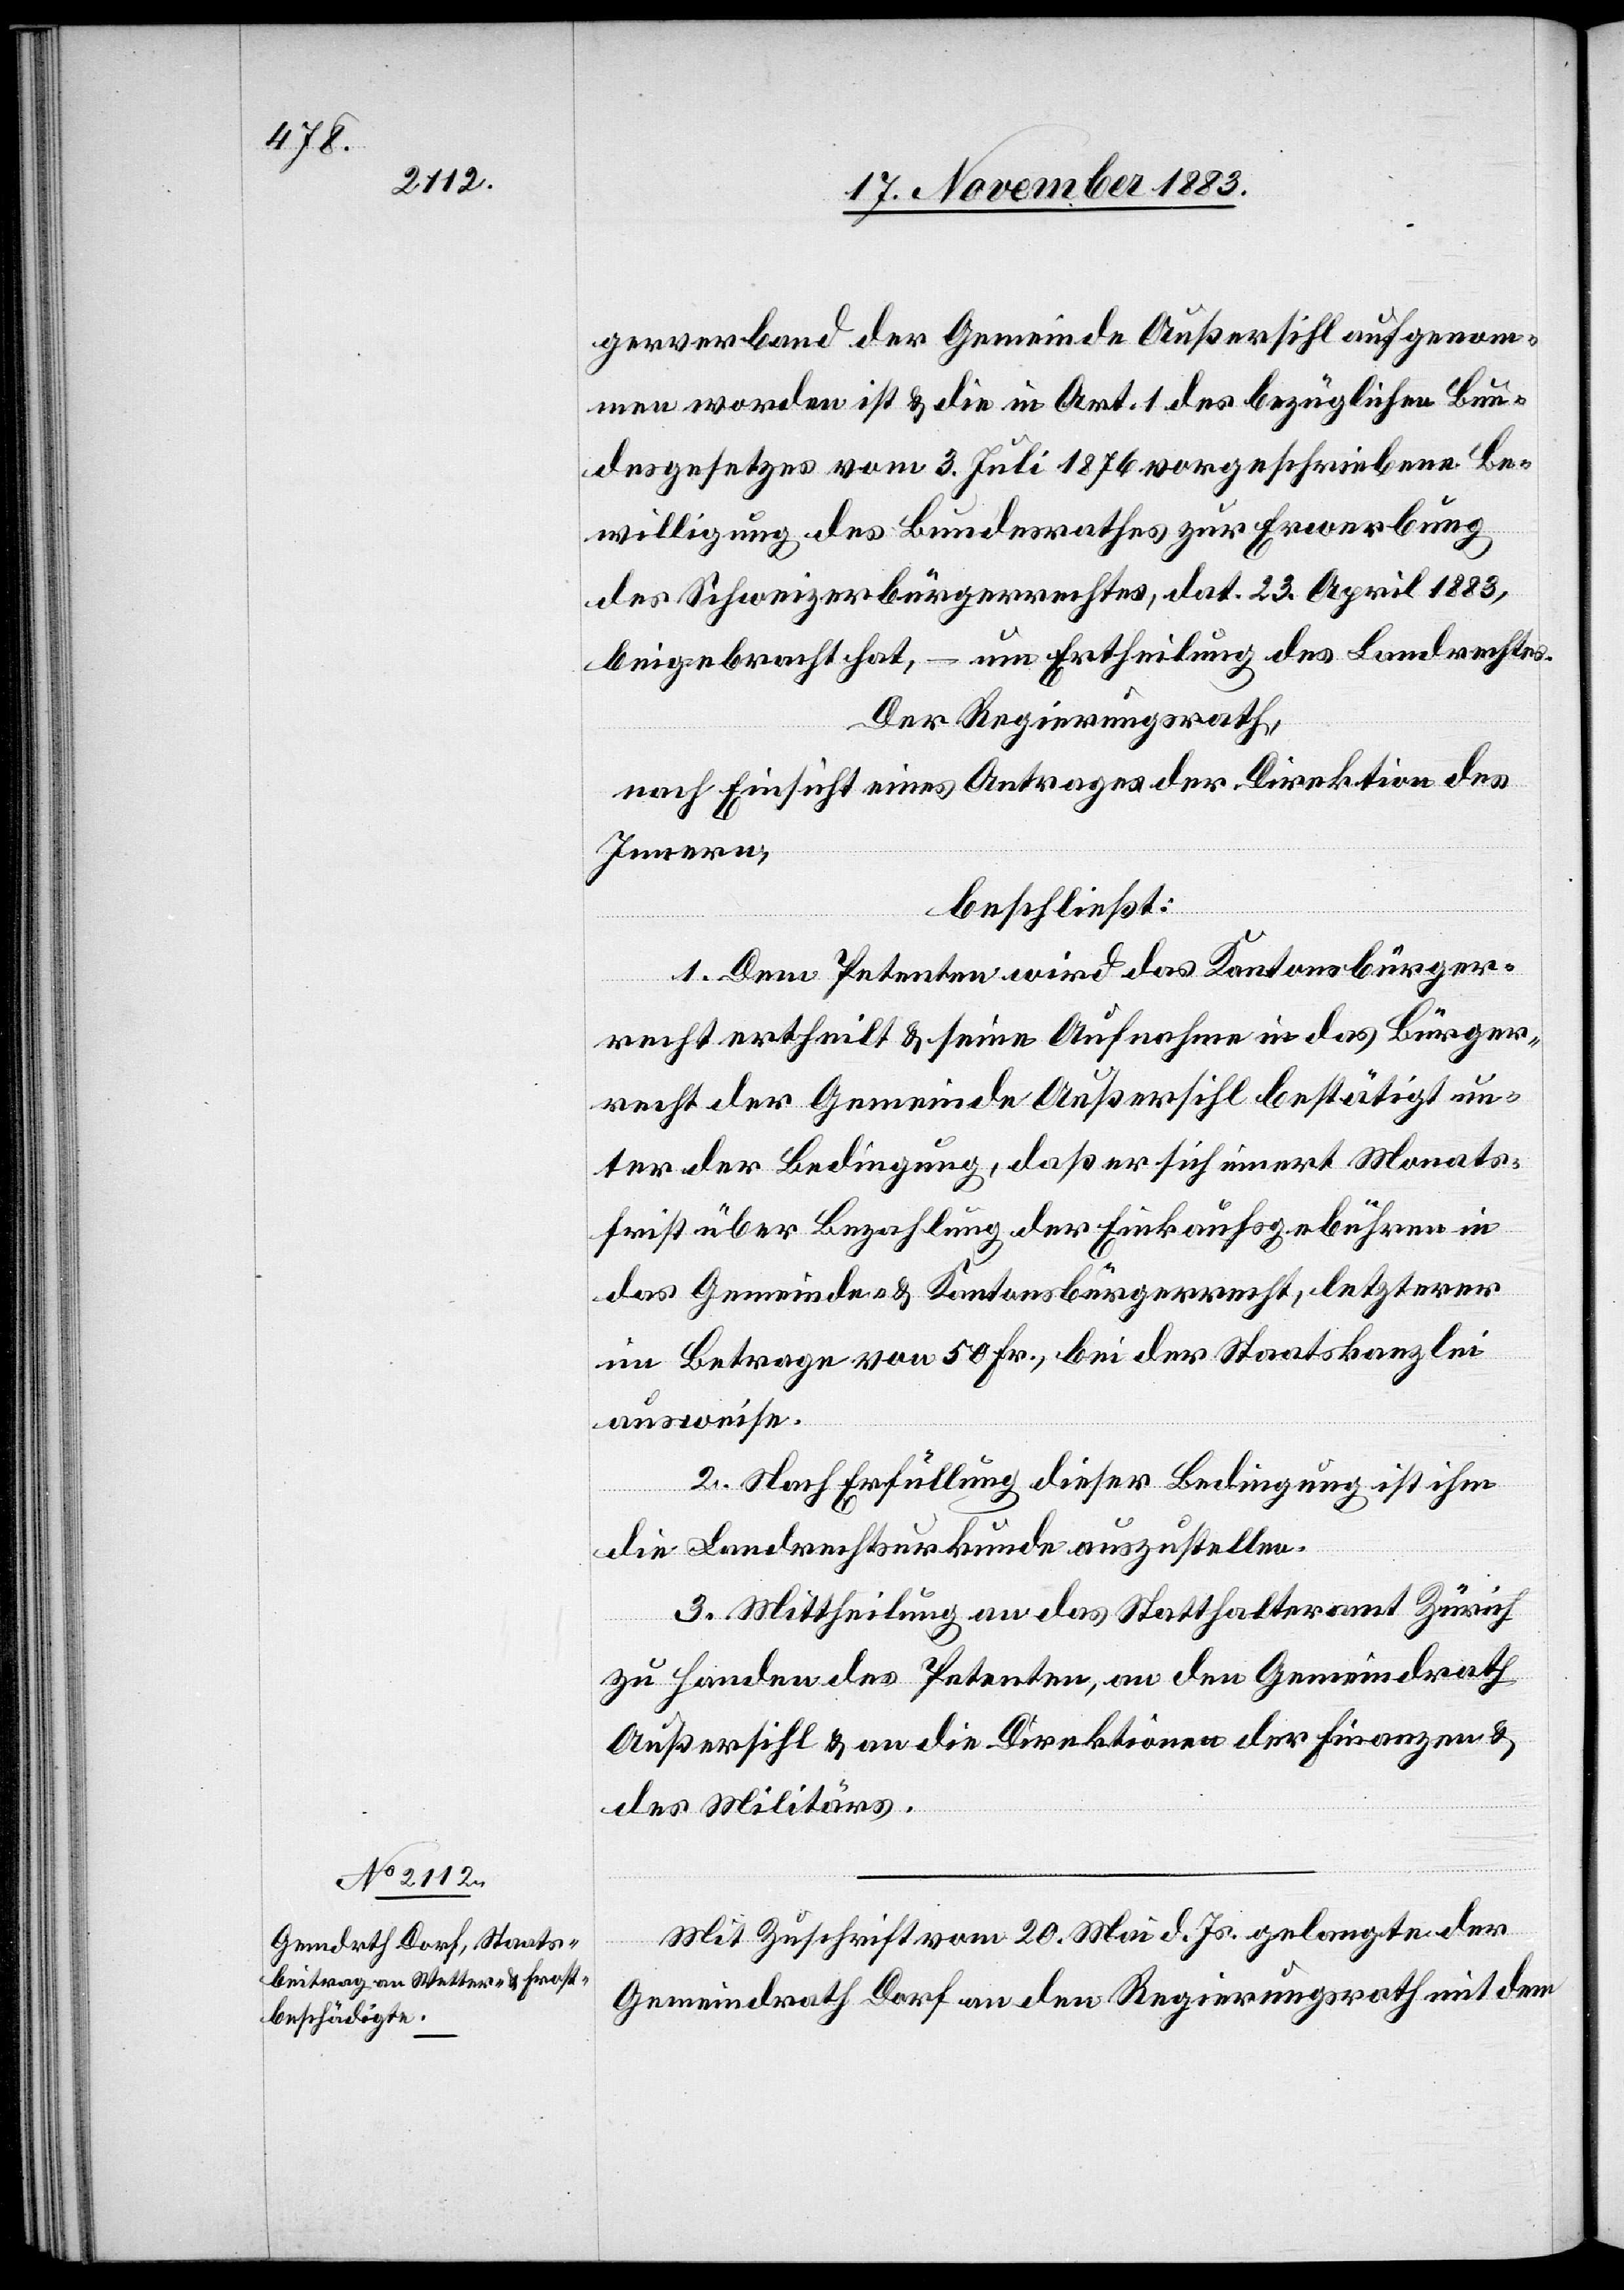
gerverband der Gemeinde Außersihl aufgenom¬
men worden ist & in Art. 1 des bezüglichen Bun¬
desgesetzes vom 3. Juli 1876 vorgeschriebene Be¬
willigung des Bundesrathes zur Erwerbung
des Schweizerbürgerrechtes, dat. 23. April 1883,
beigebracht hat, – um Ertheilung des Landrechtes.
Der Regierungsrath,
nach Einsicht eines Antrages der Direktion des
Innern,
beschließt:
1. Dem Petenten wird das Kantonsbürger¬
recht ertheilt & seine Aufnahme in das Bürger¬
recht der Gemeinde Außersihl bestätigt un¬
ter der Bedingung, daß er sich innert Monats¬
frist über Bezahlung der Einkaufsgebühren in
das Gemeinde- & Kantonsbürgerrecht, letzterer
im Betrage von 50 Fr., bei der Staatskanzlei
ausweise.
2. Nach Erfüllung dieser Bedingung ist ihm
die Landrechtsurkunde auszustellen.
3. Mittheilung an das Statthalteramt Zürich
zu Handen des Petenten, an den Gemeindrath
Außersihl & an die Direktion der Finanzen &
des Militärs.
Mit Zuschrift vom 20. Mai d. Js. gelangte der
Gemeindrath Dorf an den Regierungsrath mit dem